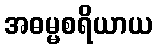
အဓမ္မစရိယာယ